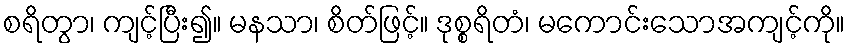
စရိတွာ၊ ကျင့်ပြီး၍။ မနသာ၊ စိတ်ဖြင့်။ ဒုစ္စရိတံ၊ မကောင်းသောအကျင့်ကို။